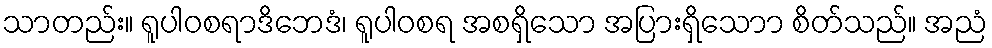
သာတည်း။ ရူပါဝစရာဒိဘေဒံ၊ ရူပါဝစရ အစရှိသော အပြားရှိသောာ စိတ်သည်။ အညံ